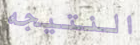
النتيجه